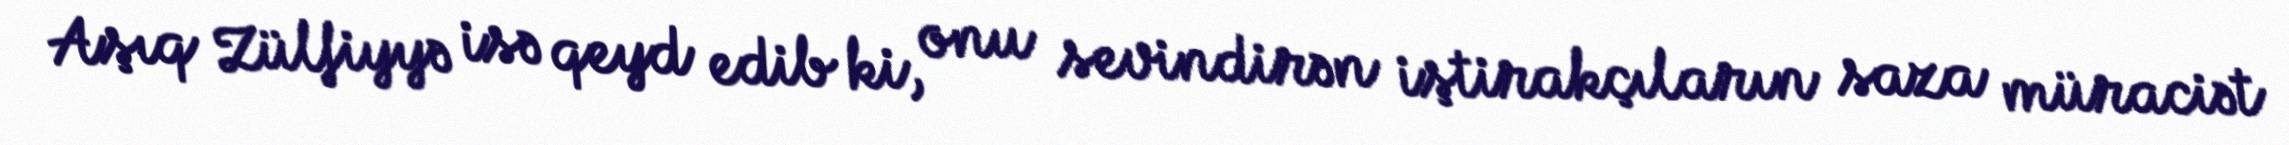
Aşıq Zülfiyyə isə qeyd edib ki, onu sevindirən iştirakçıların saza müraciət